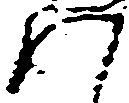
八